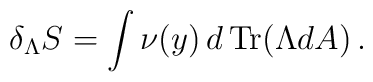
\delta_\Lambda S = \int \nu(y) \, d \, {\rm Tr} (\Lambda dA)\,.